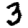
Digit: 3